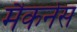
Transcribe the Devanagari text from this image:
मैकनेस